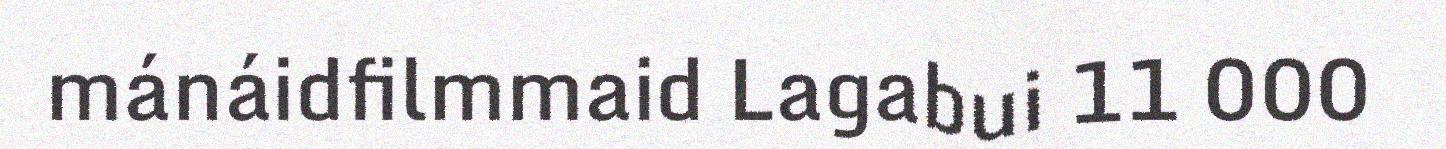
mánáidfilmmaid Lagabui 11 000